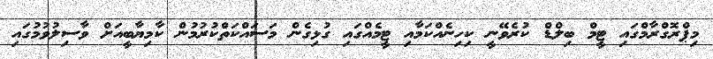
މިޕްރޮގްރާމްގައި ޓީމް ބިލްޑް ކުރެވޭނީ ކިހިނެއްކަމާއި ޓީމެއްގައި ގުޅިގެން މަސައްކަތްކުރުމުން ކާމިޔާބީއަށް ވާސިލުވުމުގައި